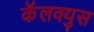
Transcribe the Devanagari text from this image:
कॅलक्युस